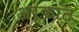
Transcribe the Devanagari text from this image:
अर्कांत